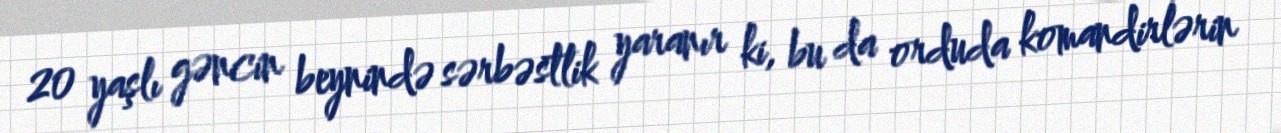
20 yaşlı gəncin beynində sərbəstlik yaranır ki, bu da orduda komandirlərin